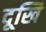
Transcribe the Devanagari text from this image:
दूखि